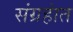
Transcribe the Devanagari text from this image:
संग्रहांत